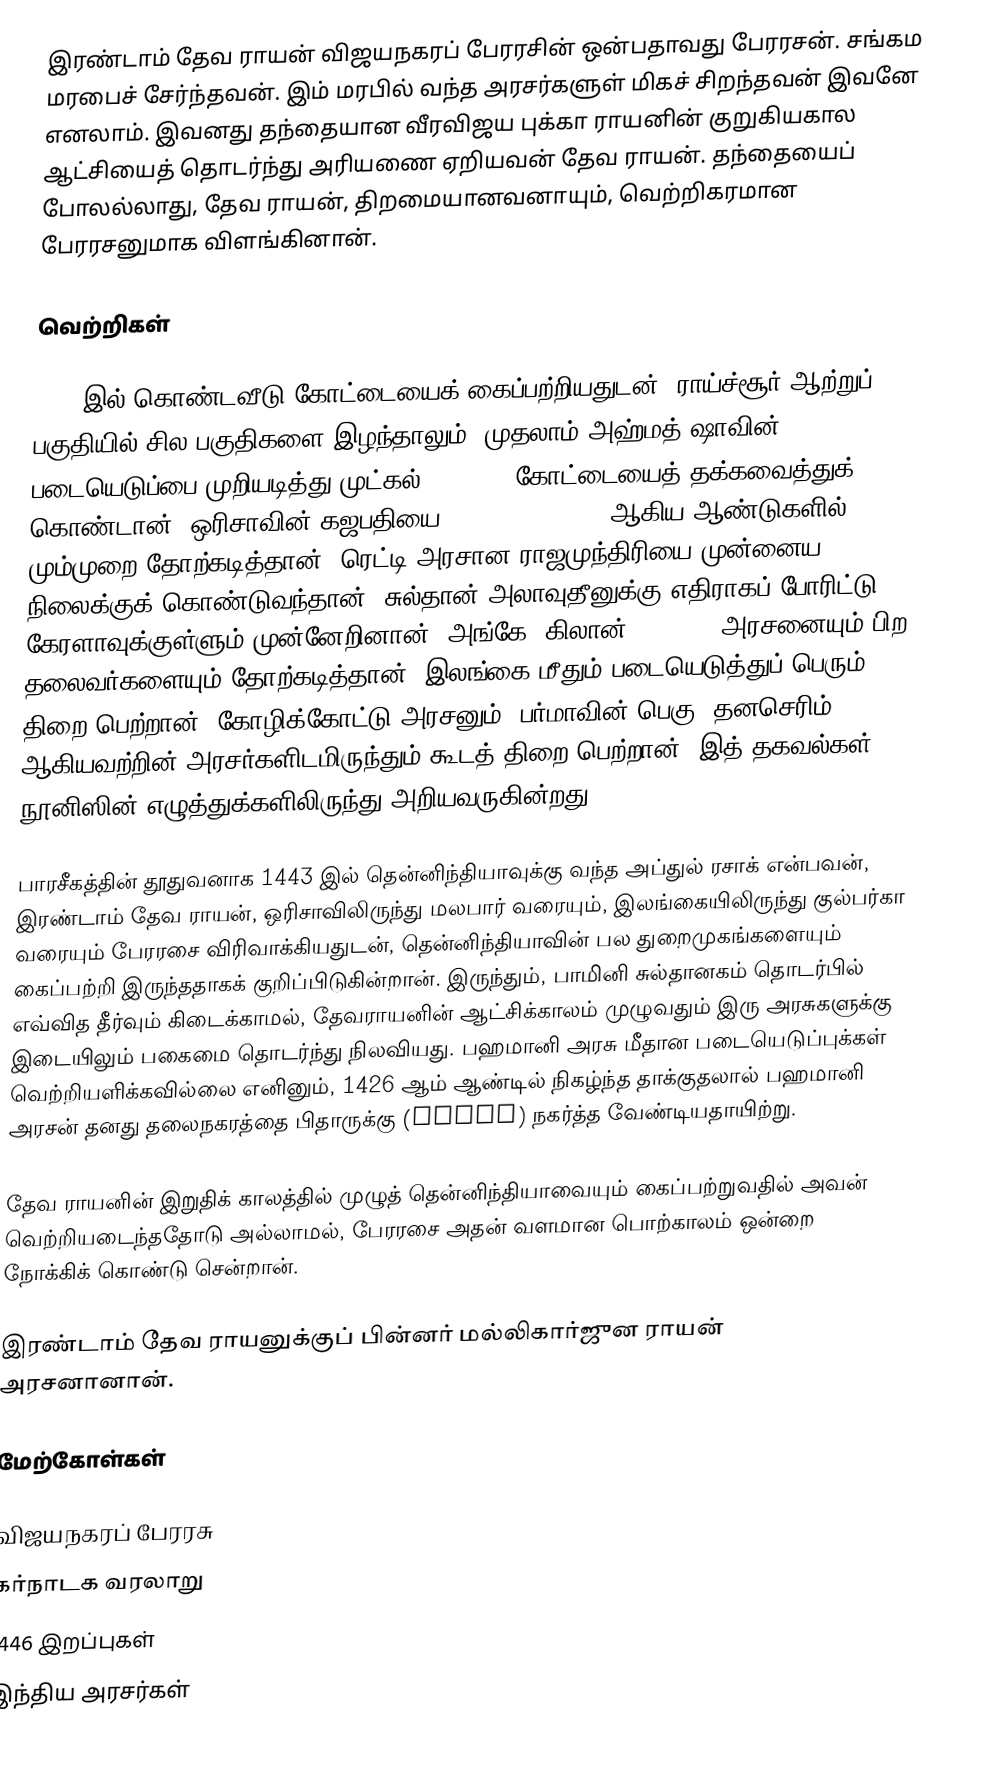
இரண்டாம் தேவ ராயன் விஜயநகரப் பேரரசின் ஒன்பதாவது பேரரசன். சங்கம மரபைச் சேர்ந்தவன். இம் மரபில் வந்த அரசர்களுள் மிகச் சிறந்தவன் இவனே எனலாம். இவனது தந்தையான வீரவிஜய புக்கா ராயனின் குறுகியகால ஆட்சியைத் தொடர்ந்து அரியணை ஏறியவன் தேவ ராயன். தந்தையைப் போலல்லாது, தேவ ராயன், திறமையானவனாயும், வெற்றிகரமான பேரரசனுமாக விளங்கினான்.

வெற்றிகள்

1432 இல் கொண்டவீடு கோட்டையைக் கைப்பற்றியதுடன், ராய்ச்சூர் ஆற்றுப் பகுதியில் சில பகுதிகளை இழந்தாலும்,  முதலாம் அஹ்மத் ஷாவின் படையெடுப்பை முறியடித்து முட்கல் (Mudgal) கோட்டையைத் தக்கவைத்துக் கொண்டான். ஒரிசாவின் கஜபதியை 1427, 1436, 1441 ஆகிய ஆண்டுகளில் மும்முறை தோற்கடித்தான். ரெட்டி அரசான ராஜமுந்திரியை முன்னைய நிலைக்குக் கொண்டுவந்தான். சுல்தான் அலாவுதீனுக்கு எதிராகப் போரிட்டு, கேரளாவுக்குள்ளும் முன்னேறினான். அங்கே, கிலான் (Quilon) அரசனையும் பிற தலைவர்களையும் தோற்கடித்தான். இலங்கை மீதும் படையெடுத்துப் பெரும் திறை பெற்றான். கோழிக்கோட்டு அரசனும், பர்மாவின் பெகு, தனசெரிம் ஆகியவற்றின் அரசர்களிடமிருந்தும் கூடத் திறை பெற்றான். இத் தகவல்கள் நூனிஸின் எழுத்துக்களிலிருந்து அறியவருகின்றது.

பாரசீகத்தின் தூதுவனாக 1443 இல் தென்னிந்தியாவுக்கு வந்த அப்துல் ரசாக் என்பவன், இரண்டாம் தேவ ராயன், ஒரிசாவிலிருந்து மலபார் வரையும், இலங்கையிலிருந்து குல்பர்கா வரையும் பேரரசை விரிவாக்கியதுடன், தென்னிந்தியாவின் பல துறைமுகங்களையும் கைப்பற்றி இருந்ததாகக் குறிப்பிடுகின்றான். இருந்தும், பாமினி சுல்தானகம்  தொடர்பில் எவ்வித தீர்வும் கிடைக்காமல், தேவராயனின் ஆட்சிக்காலம் முழுவதும் இரு அரசுகளுக்கு இடையிலும் பகைமை தொடர்ந்து நிலவியது. பஹமானி அரசு மீதான படையெடுப்புக்கள் வெற்றியளிக்கவில்லை எனினும், 1426 ஆம் ஆண்டில் நிகழ்ந்த தாக்குதலால் பஹமானி அரசன் தனது தலைநகரத்தை பிதாருக்கு (Bidar) நகர்த்த வேண்டியதாயிற்று.

தேவ ராயனின் இறுதிக் காலத்தில் முழுத் தென்னிந்தியாவையும் கைப்பற்றுவதில் அவன் வெற்றியடைந்ததோடு அல்லாமல், பேரரசை அதன் வளமான பொற்காலம் ஒன்றை நோக்கிக் கொண்டு சென்றான்.

இரண்டாம் தேவ ராயனுக்குப் பின்னர் மல்லிகார்ஜுன ராயன் அரசனானான்.

மேற்கோள்கள்

விஜயநகரப் பேரரசு
கர்நாடக வரலாறு
1446 இறப்புகள்
 இந்திய அரசர்கள்